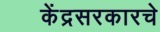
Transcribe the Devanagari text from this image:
केंद्रसरकारचे